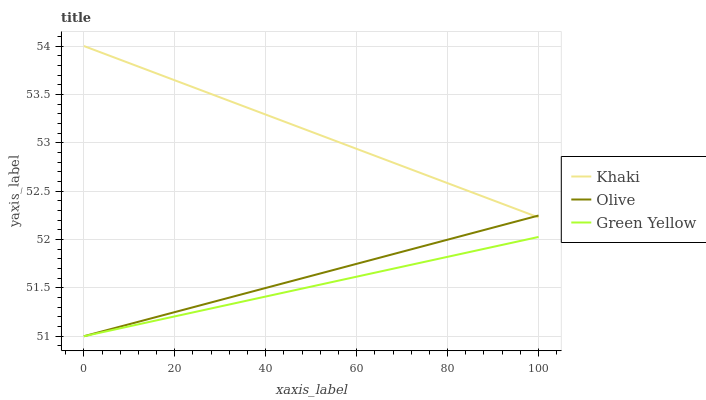
| xaxis_label | Khaki | Olive | Green Yellow |
 | --- | --- | --- | --- |
 | 0 | 54 | 51 | 51 |
 | 11.1 | 53.8 | 51.1 | 51.1 |
 | 22.2 | 53.6 | 51.3 | 51.2 |
 | 33.3 | 53.4 | 51.4 | 51.3 |
 | 44.4 | 53.2 | 51.6 | 51.5 |
 | 55.6 | 53 | 51.7 | 51.6 |
 | 66.7 | 52.8 | 51.8 | 51.7 |
 | 77.8 | 52.6 | 52 | 51.8 |
 | 88.9 | 52.4 | 52.1 | 51.9 |
 | 100 | 52.2 | 52.2 | 52 |